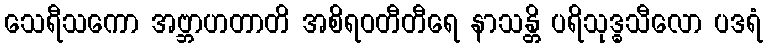
သေရီသကော အဗ္ဘာဟတာတိ အစိရဝတီတီရေ နာသန္တိ ပရိသုဒ္ဓသီလော ပဒရံ